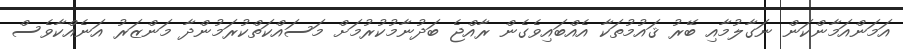
އަމަންއަމާންކަން ނަގާލުމާއި ބޭރު ޤައުމުތަކާ އެއްބައިވެގެން ރާއްޖެ ބަދުނާމުކުރުމަށް މަސައްކަތްކުރަމުންދާ މަންޒަރު އަނެއްކާވެސް